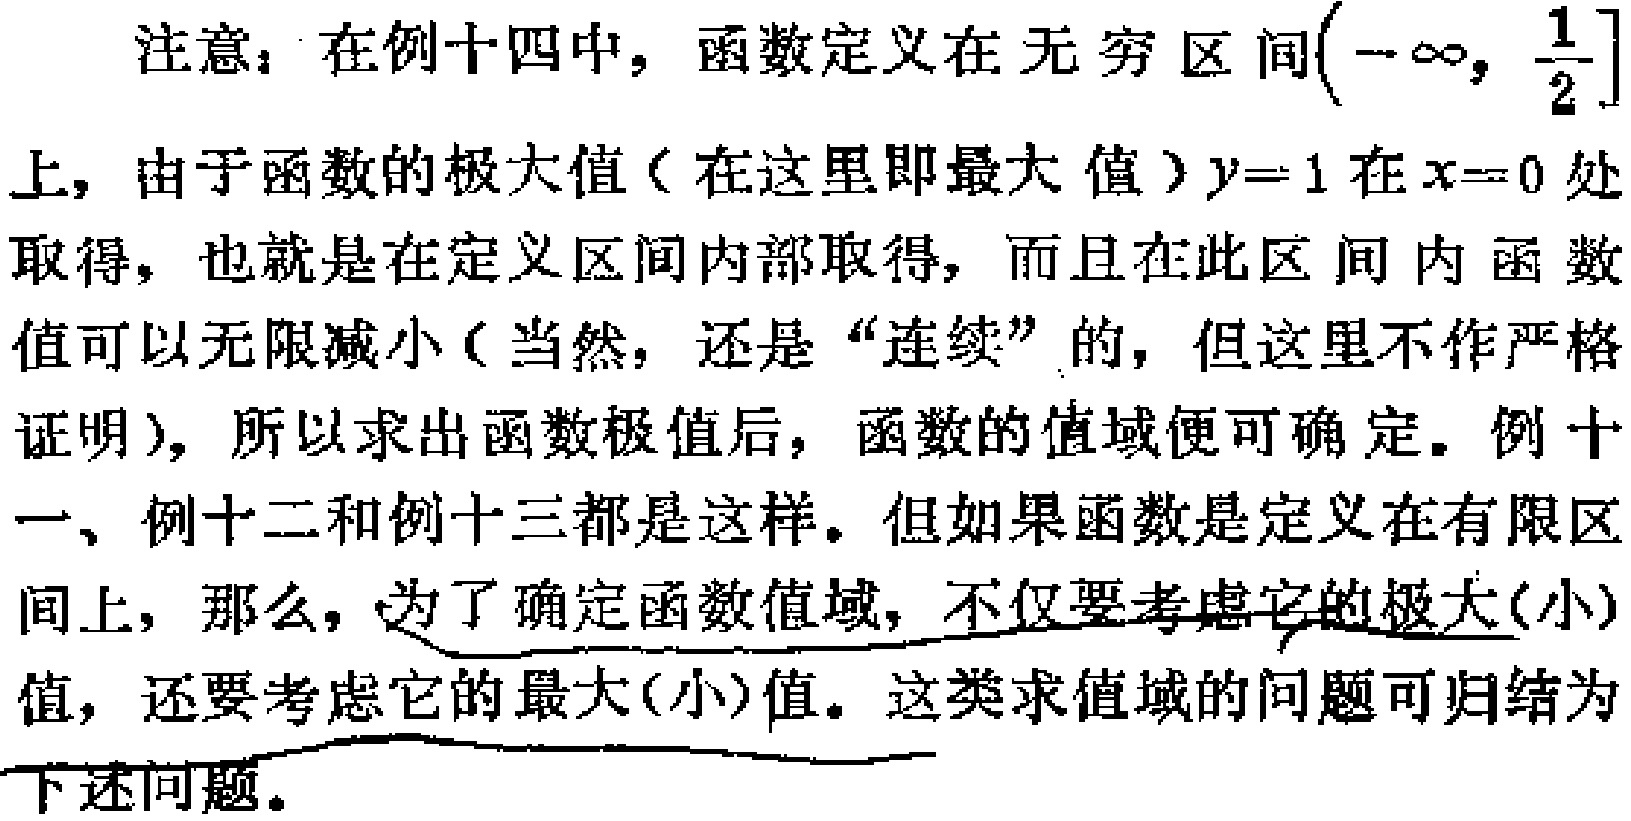
注意：在例十四中，函数定义在无穷区间\((-\infty, \frac{1}{2}]\)上，由于函数的极大值（在这里即最大值）\(y = 1\)在\(x = 0\)处取得，也就是在定义区间内部取得，而且在此区间内函数值可以无限减小（当然，还是“连续”的，但这里不作严格证明），所以求出函数极值后，函数的值域便可确定。例十一、例十二和例十三都是这样。但如果函数是定义在有限区间上，那么，为了确定函数值域，不仅要考虑它的极大(小)值，还要考虑它的最大(小)值。这类求值域的问题可归结为下述问题。